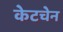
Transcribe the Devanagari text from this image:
केटचेन